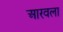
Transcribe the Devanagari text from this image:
आरवला